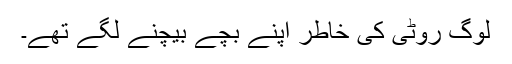
لوگ روٹی کی خاطر اپنے بچے بیچنے لگے تھے۔